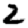
Digit: 2